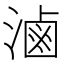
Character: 滷